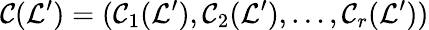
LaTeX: \mathcal{C}(\mathcal{L}^{\prime})=(\mathcal{C}_{1}(\mathcal{L}^{\prime}),\mathcal{C}_{2}(\mathcal{L}^{\prime}),\ldots,\mathcal{C}_{r}(\mathcal{L}^{\prime}))